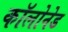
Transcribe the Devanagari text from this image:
कॉलोनेड